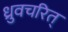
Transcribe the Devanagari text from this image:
ध्रुवचरित्